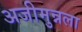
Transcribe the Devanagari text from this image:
अजीमुन्नला